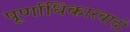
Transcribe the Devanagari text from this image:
पूर्णाधिकारवादी